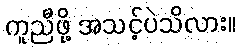
ကူညီဖို့ အသင့်ပဲသိလား။